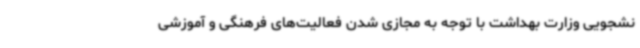
نشجویی وزارت بهداشت با توجه به مجازی شدن فعالیت‌های فرهنگی و آموزشی